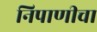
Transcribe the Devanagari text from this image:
निपाणीचा